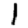
Digit: 1